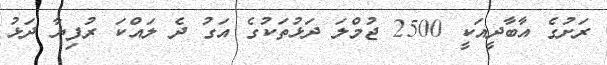
ރަށުގެ އާބާދީއަކީ 2500 ޖުމްލަ ދަޅުތަކުގެ އަގު ދެ ލައްކަ ރުފިޔާ ދަޅު